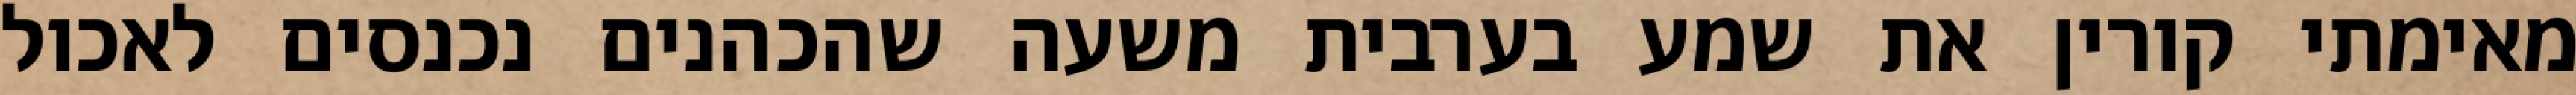
מאימתי קורין את שמע בערבית משעה שהכהנים נכנסים לאכול